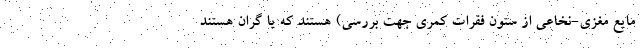
مایع مغزی-نخاعی از ستون فقرات کمری جهت بررسی) هستند که یا گران هستند